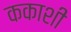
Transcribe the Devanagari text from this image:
ककाशी